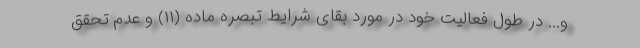
و... در طول فعالیت خود در مورد بقای شرایط تبصره ماده (۱۱) و عدم تحقق